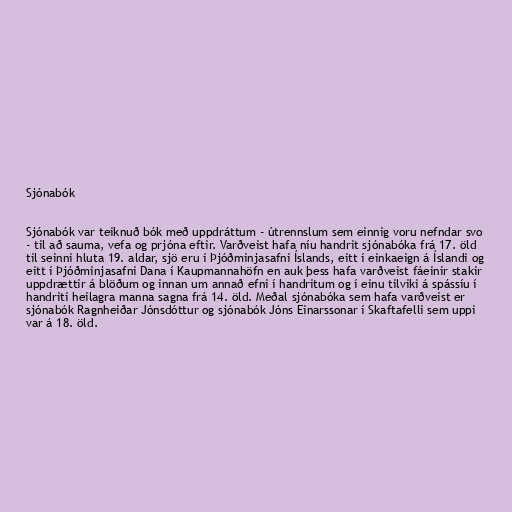
Sjónabók

Sjónabók var teiknuð bók með uppdráttum - útrennslum sem einnig voru nefndar svo
- til að sauma, vefa og prjóna eftir. Varðveist hafa níu handrit sjónabóka frá 17. öld
til seinni hluta 19. aldar, sjö eru í Þjóðminjasafni Íslands, eitt í einkaeign á Íslandi og
eitt í Þjóðminjasafni Dana í Kaupmannahöfn en auk þess hafa varðveist fáeinir stakir
uppdrættir á blöðum og innan um annað efni í handritum og í einu tilviki á spássíu í
handriti heilagra manna sagna frá 14. öld. Meðal sjónabóka sem hafa varðveist er
sjónabók Ragnheiðar Jónsdóttur og sjónabók Jóns Einarssonar í Skaftafelli sem uppi
var á 18. öld.